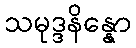
သမုဒ္ဒနိန္နော